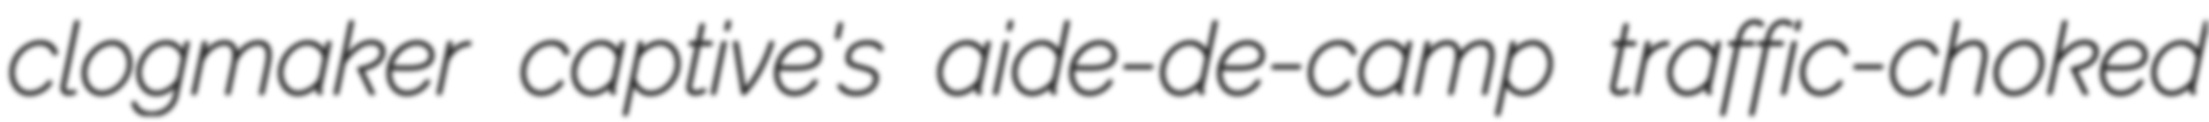
clogmaker captive's aide-de-camp traffic-choked